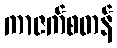
ကာဇက်စတန်